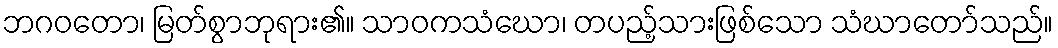
ဘဂဝတော၊ မြတ်စွာဘုရား၏။ သာဝကသံဃော၊ တပည့်သားဖြစ်သော သံဃာတော်သည်။